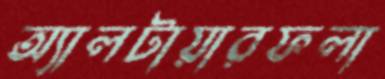
অ্যালটায়ারফলা